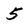
Character: 5